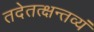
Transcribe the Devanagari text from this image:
तदेतत्क्षन्तव्यं